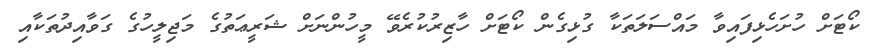
ކޯޓަށް ހުށަހެޅިފައިވާ މައްސަލަތަކާ ގުޅިގެން ކޯޓަށް ހާޒިރުކުރެވޭ މީހުންނަށް ޝަރީޢަތުގެ މަޖިލީހުގެ ގަވާއިދުތަކާއި